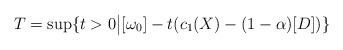
LaTeX: \begin{align*}T = \mathrm{sup} \{ t > 0 \big| [\omega_0] - t (c_1(X) - (1 - \alpha) [D]) \}\end{align*}